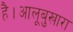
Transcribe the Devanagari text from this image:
है।आलूबुखारा